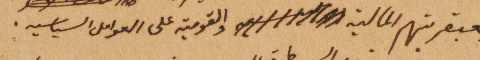
بعبقريتهم المالية والقومية على العوامل السياسيه.